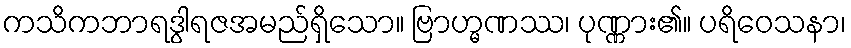
ကသိကဘာရဒွါရဇအမည်ရှိသော။ ဗြာဟ္မဏဿ၊ ပုဏ္ဏား၏။ ပရိဝေသနာ၊